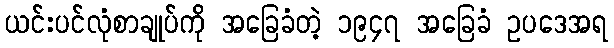
ယင်းပင်လုံစာချုပ်ကို အခြေခံတဲ့ ၁၉၄၇ အခြေခံ ဥပဒေအရ